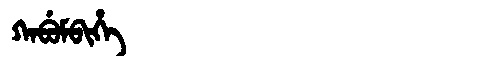
Manchu: ᡴᠠᠪᡠᠮᠪᡳᡥᡝ
Romanization: KABUMBIHE